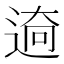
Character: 𮞜